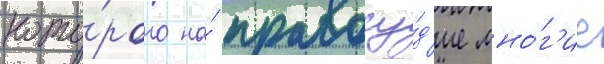
кото́рого на́ правосу́д'ие мно́г'ие